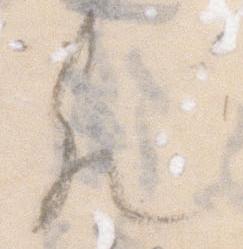
歟